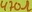
Text: 470Ω